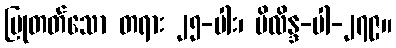
ပြုတတ်သော တရား ၂၅-ပါး၊ မိလိန္ဒ-ပါ-၂၇၉။